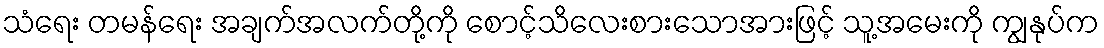
သံရေး တမန်ရေး အချက်အလက်တို့ကို စောင့်သိလေးစားသောအားဖြင့် သူ့အမေးကို ကျွနုပ်က